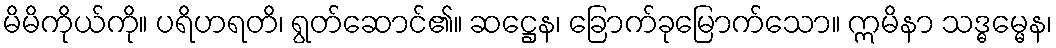
မိမိကိုယ်ကို။ ပရိဟရတိ၊ ရွတ်ဆောင်၏။ ဆဋ္ဌေန၊ ခြောက်ခုမြောက်သော။ ဣမိနာ သဒ္ဓမ္မေန၊